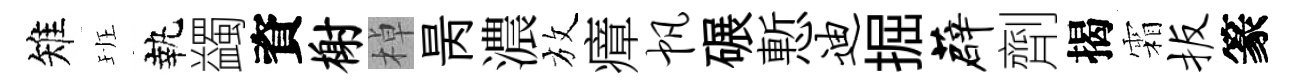
雉班執蠲資榭棹昺濃放瘴帆碾慙迪掘薜劑揭霜扳篆